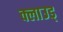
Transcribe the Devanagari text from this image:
क्लाउड्